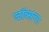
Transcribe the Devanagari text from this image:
जॉब्सचा